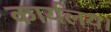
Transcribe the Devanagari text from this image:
कार्यलय।